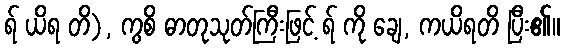
ရ် ယိရ တိ), ကွစိ ဓာတုသုတ်ကြီးဖြင့် ရ် ကို ချေ, ကယိရတိ ပြီး၏။